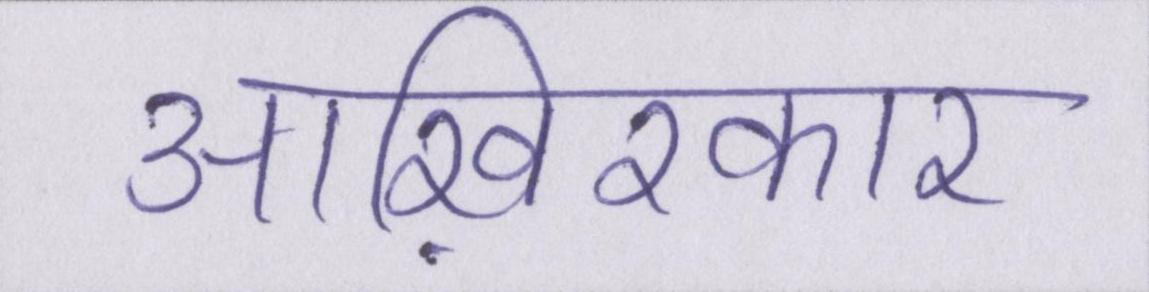
आख़िरकार